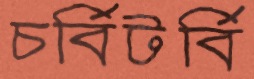
চর্বিটর্বি